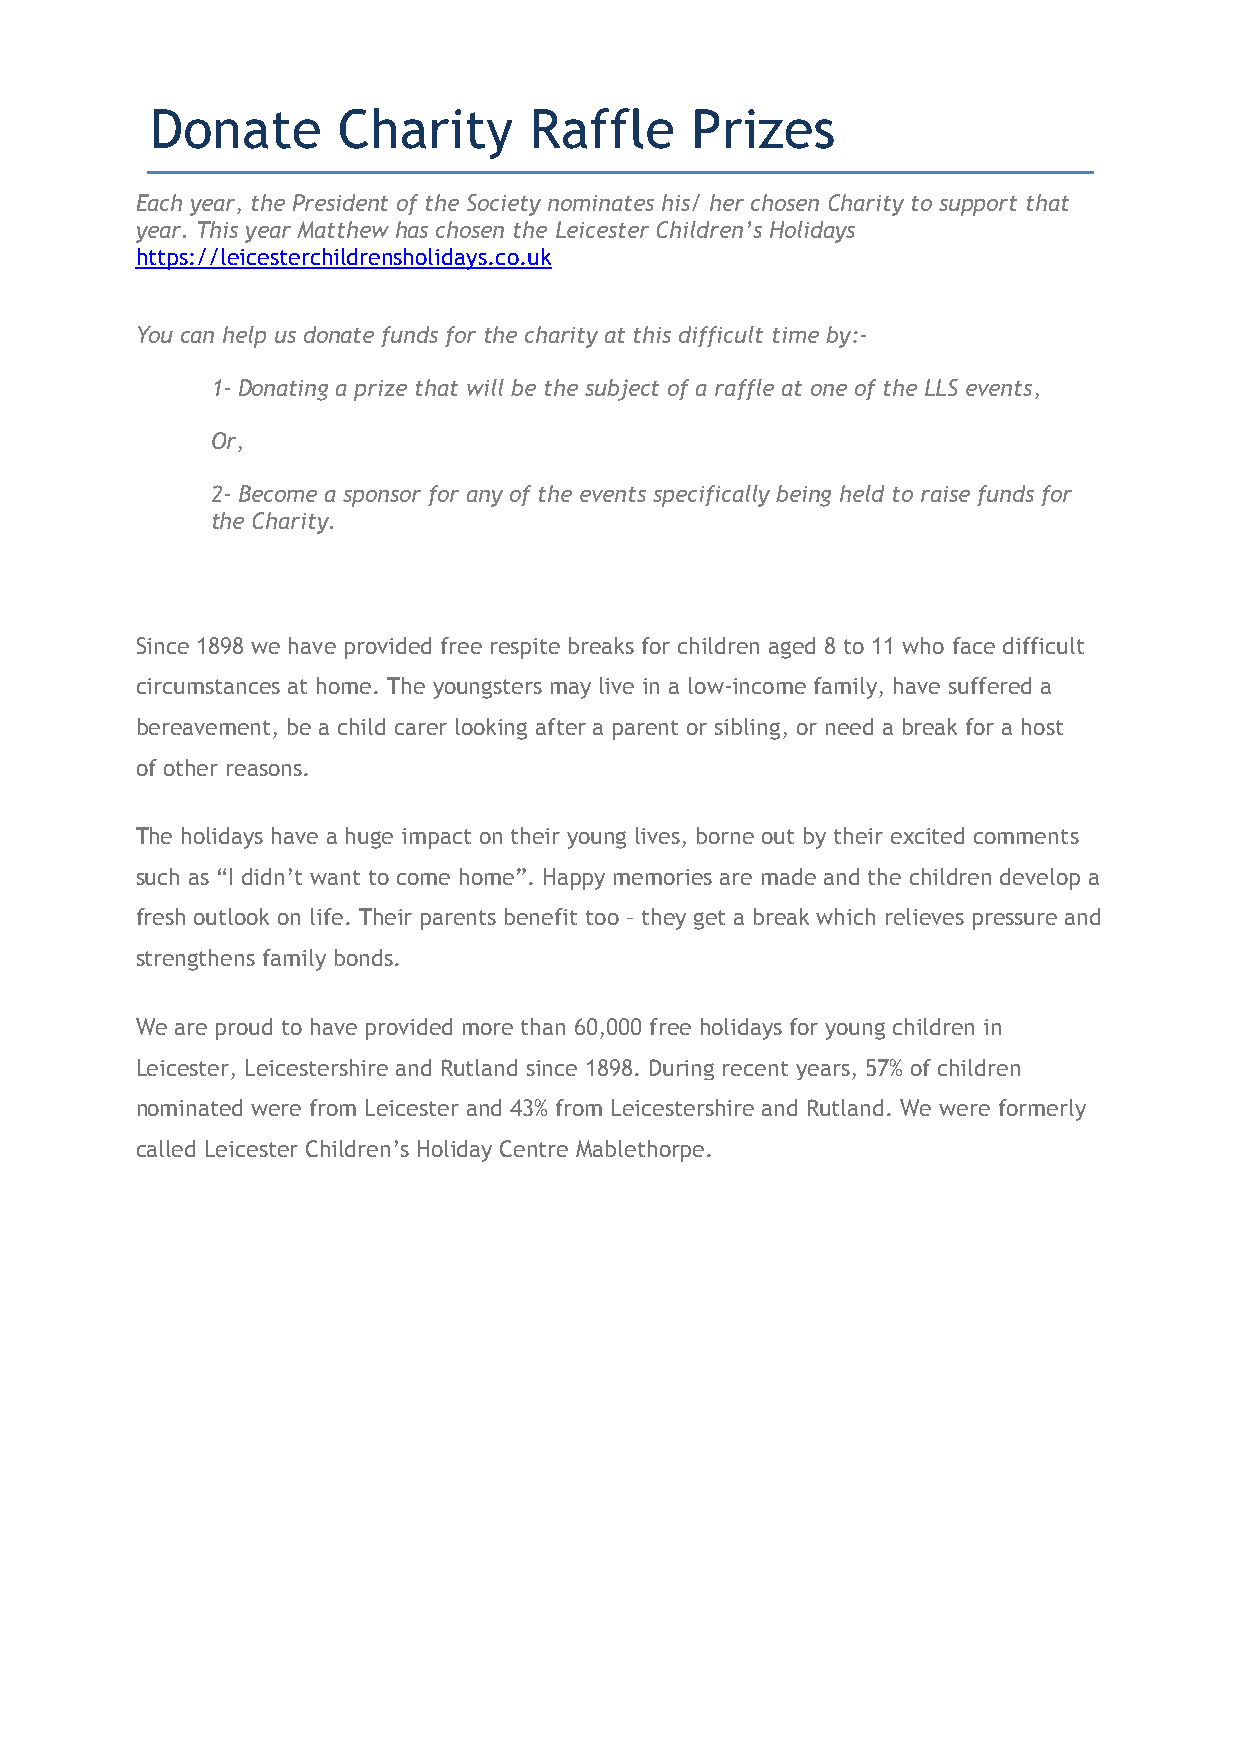
Donate      Charity      Raffle     Prizes
 Each year, the President of the Society nominates his/ her chosen Charity to support that
 year. This year Matthew has chosen the Leicester Children’s Holidays
 https://leicesterchildrensholidays.co.uk
 You can help us donate funds for the charity at this difficult time by:-
 1- Donating a prize that will be the subject of a raffle at one of the LLS events,
 Or,
 2- Become a sponsor for any of the events specifically being held to raise funds for
 the Charity.
 Since 1898 we have provided free respite breaks for children aged 8 to 11 who face difficult
 circumstances at home. The youngsters may live in a low-income family, have suffered a
 bereavement, be a child carer looking after a parent or sibling, or need a break for a host
 of other reasons.
 The holidays have a huge impact on their young lives, borne out by their excited comments
 such as “I didn’t want to come home”. Happy memories are made and the children develop a
 fresh outlook on life. Their parents benefit too – they get a break which relieves pressure and
 strengthens family bonds.
 We are proud to have provided more than 60,000 free holidays for young children in
 Leicester, Leicestershire and Rutland since 1898. During recent years, 57% of children
 nominated were from Leicester and 43% from Leicestershire and Rutland. We were formerly
 called Leicester Children’s Holiday Centre Mablethorpe.